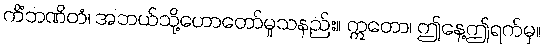
ကိံဘဏိတံ၊ အဘယ်သို့ဟောတော်မူသနည်း။ ဣတော၊ ဤနေ့ဤရက်မှ။